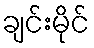
ချင်းမိုင်